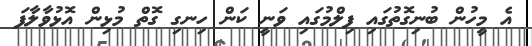
އެ މީހުން ބުނިގޮތުގައި ފިލްމުގައި ވަނީ ކަން ހިނގި ގޮތް މުޅިން އޮޅުވާލާފަ